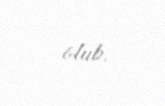
olub.